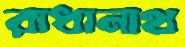
রাধানাথ